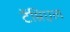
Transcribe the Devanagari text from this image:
टॅम्रिएल